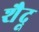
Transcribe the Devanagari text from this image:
शैदू